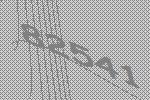
82541